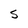
Character: S